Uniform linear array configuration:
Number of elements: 32
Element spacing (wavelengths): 0.75
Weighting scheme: exponential
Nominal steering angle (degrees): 45
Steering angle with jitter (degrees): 44.817
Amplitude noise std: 0.05
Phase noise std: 0.05

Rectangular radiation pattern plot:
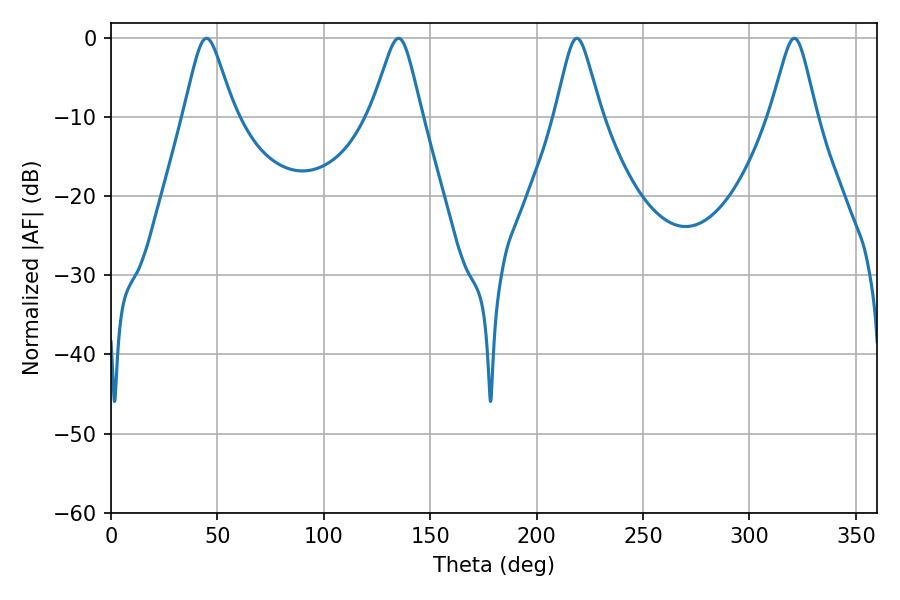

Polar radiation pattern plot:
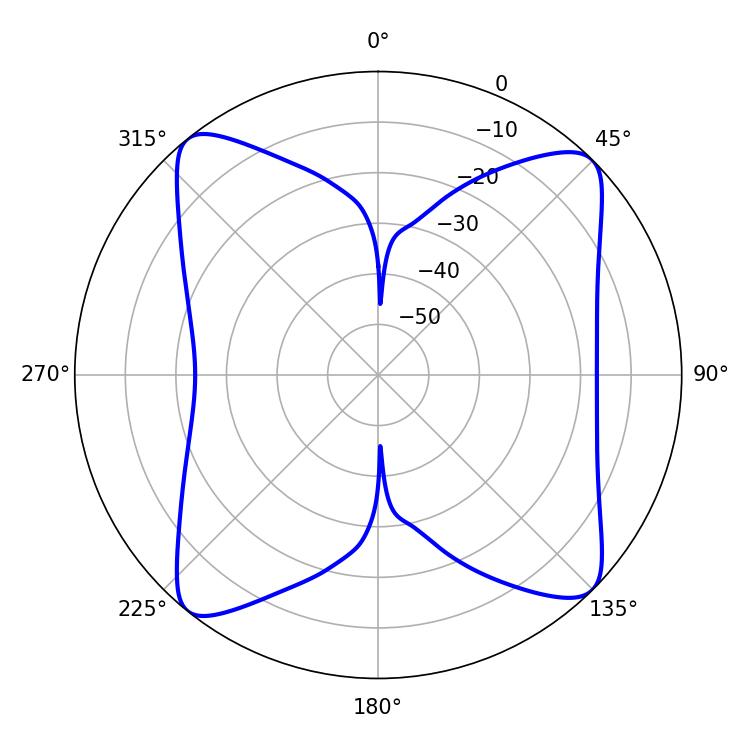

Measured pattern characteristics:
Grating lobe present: TRUE
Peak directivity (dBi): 13.893
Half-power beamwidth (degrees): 10.08
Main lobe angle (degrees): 218.88